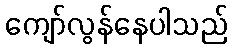
ကျော်လွန်နေပါသည်